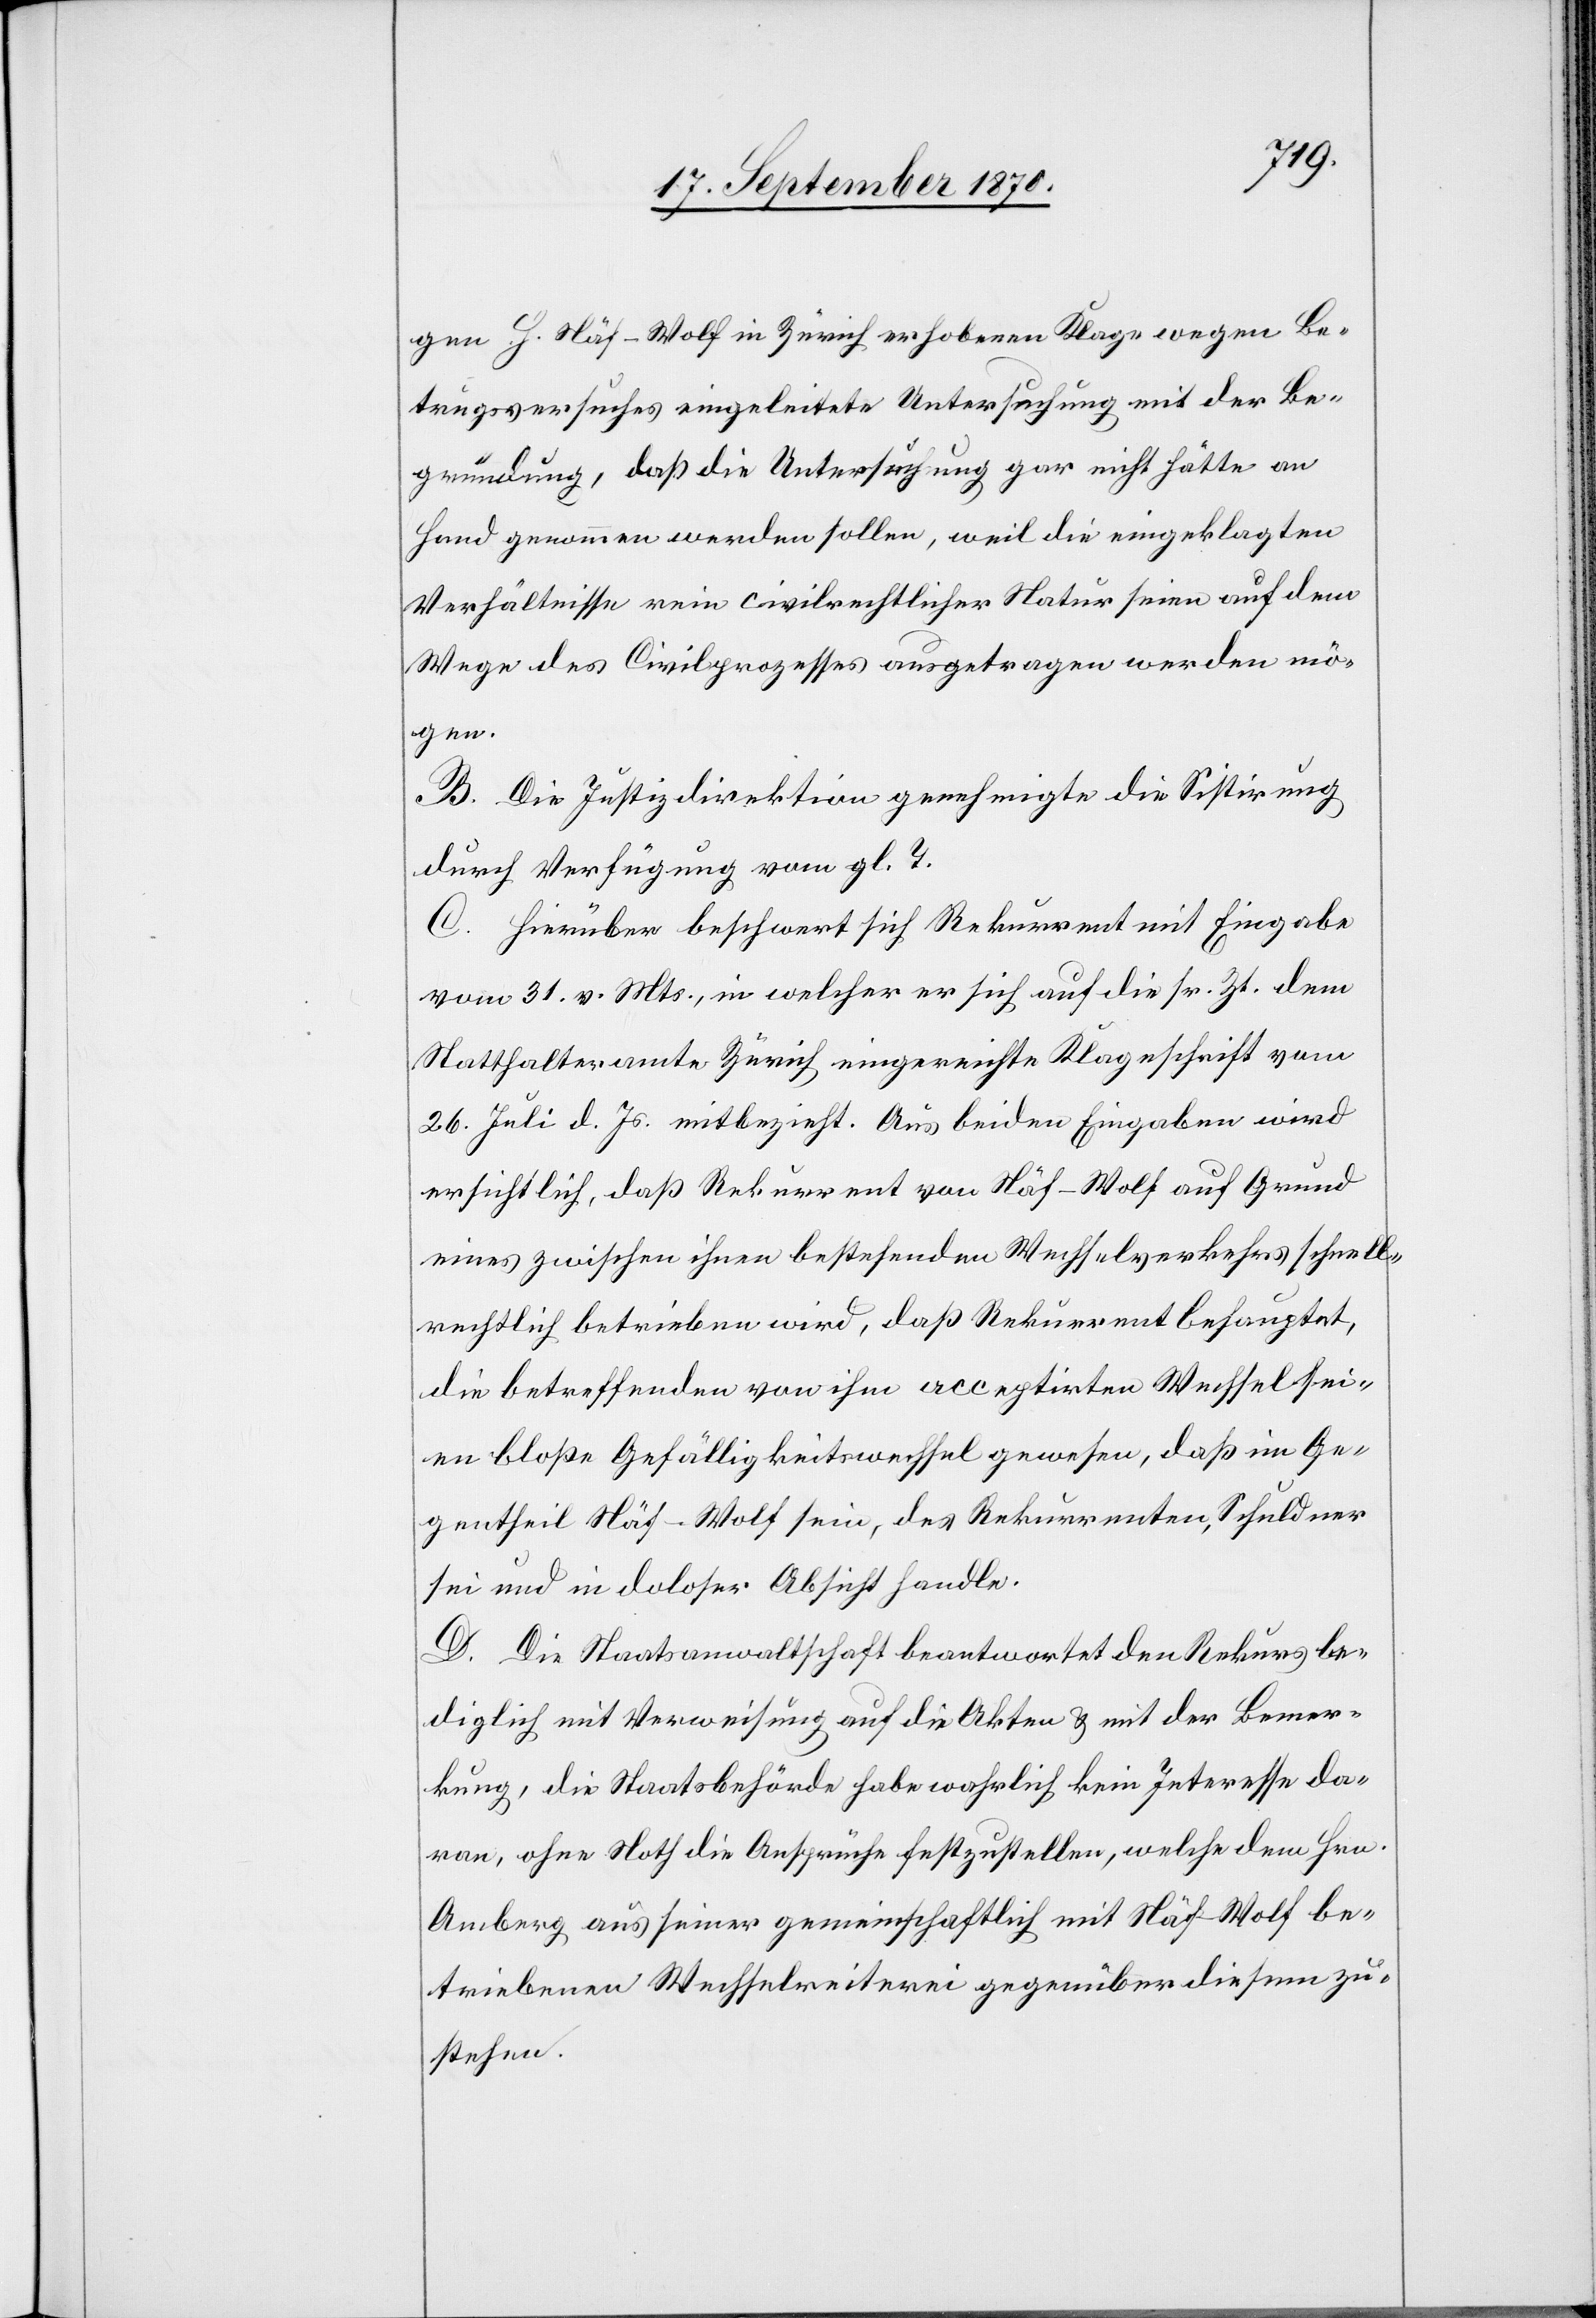
gen H. Näf-Wolf in Zürich erhobenen Klage wegen Be¬
trugsversuches eingeleitete Untersuchung mit der Be¬
gründung, daß die Untersuchung gar nicht hätte an
Hand genommen werden sollen, weil die eingeklagten
Verhältnisse rein civilrechtlicher Natur seien auf dem
Wege des Civilprozesses ausgetragen werden mö¬
gen.
B. Die Justizdirektion genehmigte die Sistirung
durch Verfügung vom gl. T.
C. Hierüber beschwert sich Rekurrent mit Eingabe
vom 31. v. Mts., in welcher er sich auf die sr. Zt. dem
Statthalteramte Zürich eingereichte Klageschrift vom
26. Juli d. Js. mitbezieht. Aus beiden Eingaben wird
ersichtlich, daß Rekurrent von Näf-Wolf auf Grund
eines zwischen ihnen bestehenden Wechselverkehrs schnell¬
rechtlich betrieben wird, daß Rekurrent behauptet,
die betreffenden von ihm acceptirten Wechsel sei¬
en bloße Gefälligkeitswechsel gewesen, daß im Ge¬
gentheil Näf-Wolf sein, des Rekurrenten, Schuldner
sei und in doloser Absicht handle.
D. Die Staatsanwaltschaft beantwortet den Rekurs le¬
diglich mit Verweisung auf die Akten & mit der Bemer¬
kung, die Staatsbehörde habe wahrlich kein Interesse da¬
ran, ohne Noth die Ansprüche festzustellen, welche dem Hrn.
Amberg aus seiner gemeinschaftlich mit Näf-Wolf be¬
triebenen Wechselreiterei gegenüber diesem zu¬
stehen.